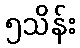
၅သိန်း